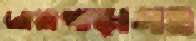
নোয়াপাড়াসহ